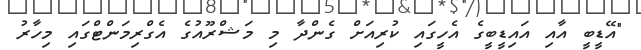
"އޭޑީބީ އާއި އައިޑީބީގެ އެހީގައި ކުރިއަށް ގެންދާ މި މަޝްރޫއުގެ އެގްރިމަންޓްގައި މިހާރު